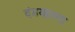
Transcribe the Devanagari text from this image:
दंडयातना